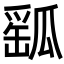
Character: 𤬍